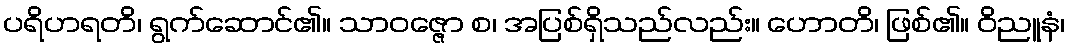
ပရိဟရတိ၊ ရွက်ဆောင်၏။ သာဝဇ္ဇော စ၊ အပြစ်ရှိသည်လည်း။ ဟောတိ၊ ဖြစ်၏။ ဝိညူနံ၊